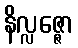
နိလ္လဇ္ဇော